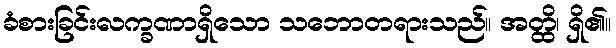
ခံစားခြင်းလက္ခဏာရှိသော သဘောတရားသည်။ အတ္ထိ၊ ရှိ၏။